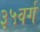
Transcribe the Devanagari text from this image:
३५वर्ग